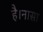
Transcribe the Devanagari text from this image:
है।नासा